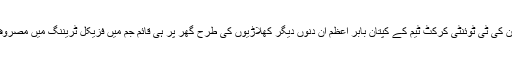
‏پاکستان کی ٹی ٹوئنٹی کرکٹ ٹیم کے کپتان بابر اعظم ان دنوں دیگر کھلاڑیوں کی طرح گھر پر ہی قائم جم میں فزیکل ٹریننگ میں مصروف ہیں۔